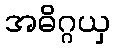
အဓိဂ္ဂယှ